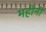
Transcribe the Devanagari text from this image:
महीनी